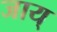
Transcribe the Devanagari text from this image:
जाय्